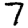
Digit: 7